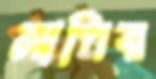
সাপির